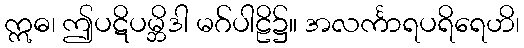
ဣဓ၊ ဤပဋိပမ္ဘိဒါ မဂ်ပါဠိ၌။ အလင်္ကာရပရိရေဟိ၊